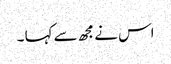
اس نے مجھ سے کہا ۔